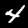
Label: 4